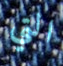
التي